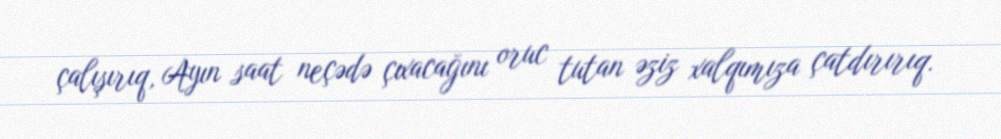
çalışırıq, Ayın saat neçədə çıxacağını oruc tutan əziz xalqımıza çatdırırıq.